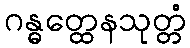
ဂန္ဓတ္ထေနသုတ္တံ